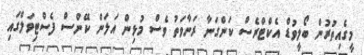
މީގެއިތުރުން ބޯލީވުޑް އެކްޓްރެސް ކަންގަނާ ރަނާވަތު ވެސް މުޅިން އަލަން ކޭންސް ފެސްޓިވަލްގައި